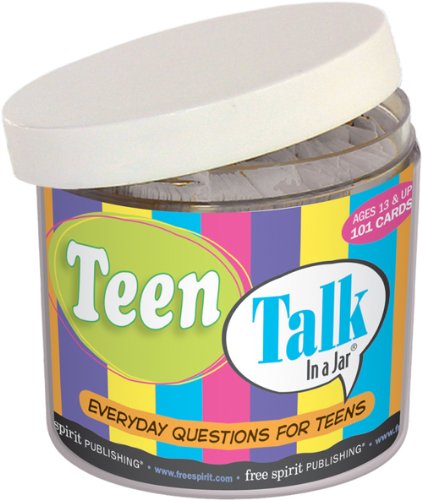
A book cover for Teen Talk In a Jar; Free Spirit Publishing (COR); Teen & Young Adult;